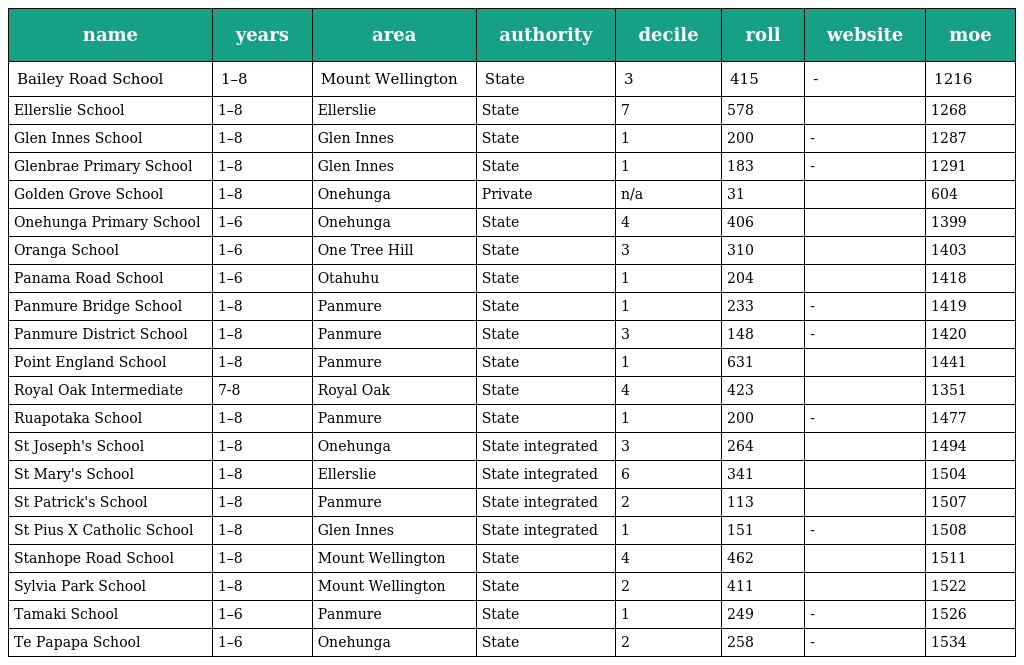
| name | years | area | authority | decile | roll | website | moe |
 | --- | --- | --- | --- | --- | --- | --- | --- |
 | Bailey Road School | 1–8 | Mount Wellington | State | 3 | 415 | - | 1216 |
 | Ellerslie School | 1–8 | Ellerslie | State | 7 | 578 |  | 1268 |
 | Glen Innes School | 1–8 | Glen Innes | State | 1 | 200 | - | 1287 |
 | Glenbrae Primary School | 1–8 | Glen Innes | State | 1 | 183 | - | 1291 |
 | Golden Grove School | 1–8 | Onehunga | Private | n/a | 31 |  | 604 |
 | Onehunga Primary School | 1–6 | Onehunga | State | 4 | 406 |  | 1399 |
 | Oranga School | 1–6 | One Tree Hill | State | 3 | 310 |  | 1403 |
 | Panama Road School | 1–6 | Otahuhu | State | 1 | 204 |  | 1418 |
 | Panmure Bridge School | 1–8 | Panmure | State | 1 | 233 | - | 1419 |
 | Panmure District School | 1–8 | Panmure | State | 3 | 148 | - | 1420 |
 | Point England School | 1–8 | Panmure | State | 1 | 631 |  | 1441 |
 | Royal Oak Intermediate | 7-8 | Royal Oak | State | 4 | 423 |  | 1351 |
 | Ruapotaka School | 1–8 | Panmure | State | 1 | 200 | - | 1477 |
 | St Joseph's School | 1–8 | Onehunga | State integrated | 3 | 264 |  | 1494 |
 | St Mary's School | 1–8 | Ellerslie | State integrated | 6 | 341 |  | 1504 |
 | St Patrick's School | 1–8 | Panmure | State integrated | 2 | 113 |  | 1507 |
 | St Pius X Catholic School | 1–8 | Glen Innes | State integrated | 1 | 151 | - | 1508 |
 | Stanhope Road School | 1–8 | Mount Wellington | State | 4 | 462 |  | 1511 |
 | Sylvia Park School | 1–8 | Mount Wellington | State | 2 | 411 |  | 1522 |
 | Tamaki School | 1–6 | Panmure | State | 1 | 249 | - | 1526 |
 | Te Papapa School | 1–6 | Onehunga | State | 2 | 258 | - | 1534 |